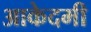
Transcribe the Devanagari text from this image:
आकेदमी